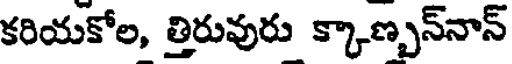
కరియకోల, త్తిరువురు క్కాణ్బన్నాన్